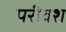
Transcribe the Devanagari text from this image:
परीवश